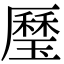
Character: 㻺